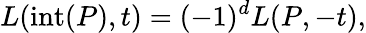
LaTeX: L(\operatorname{int}(P),t)=(-1)^{d}L(P,-t),